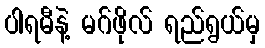
ပါရမီနဲ့ မဂ်ဖိုလ် ရည်ရွယ်မှ